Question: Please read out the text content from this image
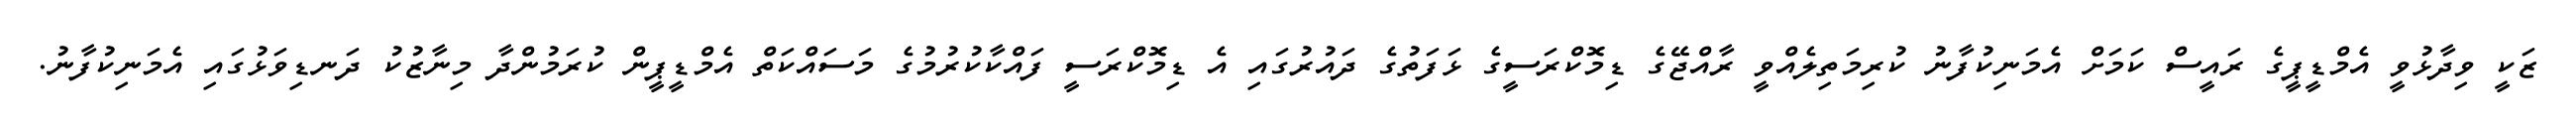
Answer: ޒަކީ ވިދާޅުވީ އެމްޑީޕީގެ ރައީސް ކަމަށް އެމަނިކުފާނު ކުރިމަތިލެއްވީ ރާއްޖޭގެ ޑިމޮކްރަސީގެ ޅަފަތުގެ ދައުރުގައި އެ ޑިމޮކްރަސީ ފައްކާކުރުމުގެ މަސައްކަތް އެމްޑީޕީން ކުރަމުންދާ މިނާޒުކު ދަނޑިވަޅުގައި އެމަނިކުފާނު.